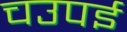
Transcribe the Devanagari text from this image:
चउपई